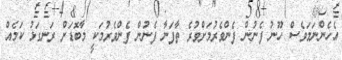
އެހެންނަމަވެސް ހޫނު ފެނުން ފެންވެރުމަށްވުރެ ތާފަަނާ ފެނުން ފެންވެރުމަކީ މާބޮޑަށް ރަނގަޅު ކަމެއް